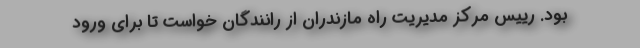
بود. رییس مرکز مدیریت راه مازندران از رانندگان خواست تا برای ورود